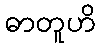
ဓာတူဟိ